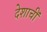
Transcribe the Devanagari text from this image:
देशाचीं